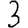
Digit: 3